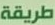
طريقة